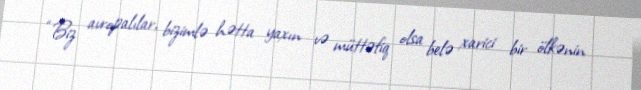
“Biz avropalılar, bizimlə hətta yaxın və müttəfiq olsa belə xarici bir ölkənin